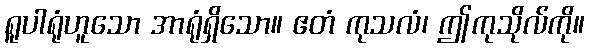
ရူပါရုံဟူသော အာရုံရှိသော။ ဧတံ ကုသလံ၊ ဤကုသိုလ်ကို။